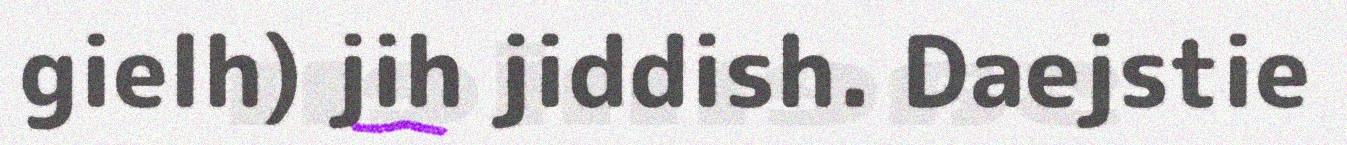
gielh) jih jiddish. Daejstie